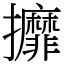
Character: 攠